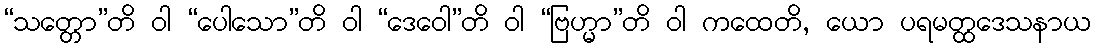
“သတ္တော”တိ ဝါ “ပေါသော”တိ ဝါ “ဒေဝေါ”တိ ဝါ “ဗြဟ္မာ”တိ ဝါ ကထေတိ, ယော ပရမတ္ထဒေသနာယ